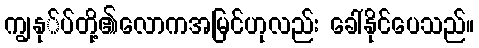
ကျွနု်ပ်တို့၏လောကအမြင်ဟုလည်း ခေါ်နိုင်ပေသည်။